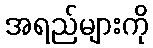
အရည်များကို